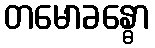
တမောခန္ဓော